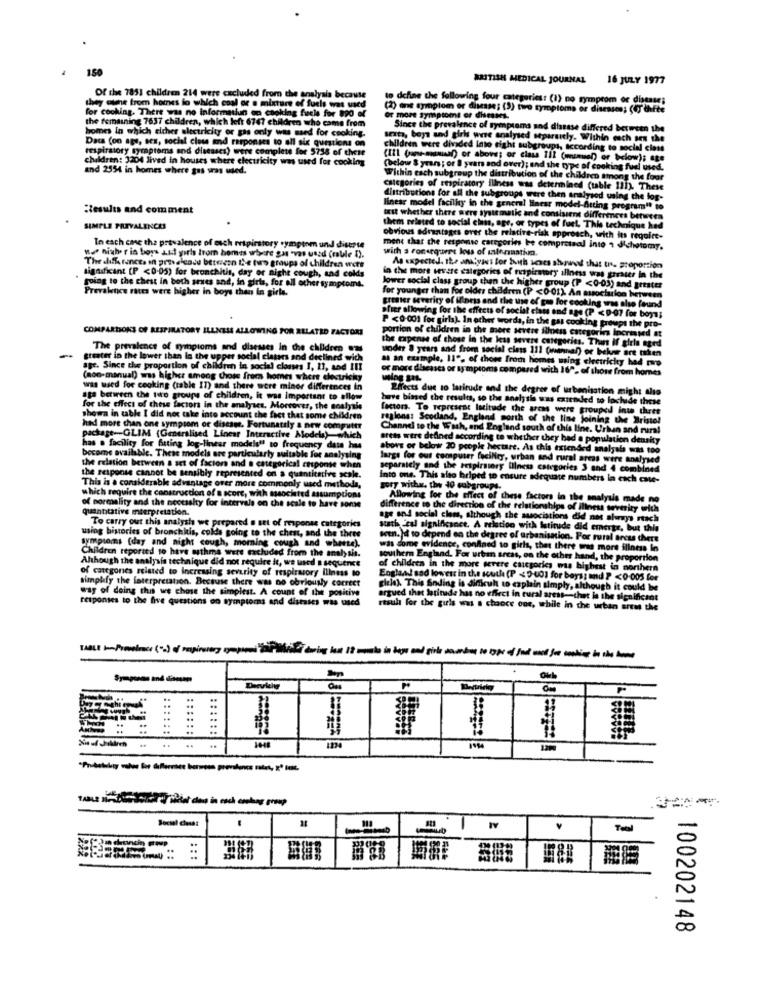
150
BRITISH MEDICAL JOURNAL
16 JULY 1977
Of the 7851 children 214 were excluded from the analysis because
to define the following four categories: (1) no symptom or disease;
for cooking. There was no Informatiun on cooking fuels for 890 el
they clone from homes lo which cool or a mixture of fuels was uard
(2) ane symptom or disease; (3) two symptoms or diseases; (UT thefte
the remaining 7637 children, which left 6747 children who came from
or more symptoms or diseases.
homes in which eicher electricity or gis only was used for cooking.
Since the prevalence of symptoms and disease differed between the
Data (on age, sex, social close and responses to all six questions on
sexta, boys and girls were analysed separatly. Within coch sen the
respiratory symptoms and diseases) were complete for 5758 of these
children were divided into tight subgroups, according to social class
children: 3204 Jived in houses where electricity was used for cooking
(III (one-manaf) or above; or ciass III (mumusan) or below); age
and 2554 in homes where gas was used.
(below & yrans ; or 8 years and over); and the type of cooking fuel used.
Within each subgroup the distribution of the children among the four
categories of respiratory illness was determined (table 111). These
distributions for all the subgroups were then aralysod using the log-
:Results and comment
Ilness model facility in the general linear model-Acting program" to
trit whether there were systematic and consistent differences between
SIMPLE PREVALENCE
them related to social class, age, or types of fuet, This technique hed
obvious advantages over the relative-risk approach, with its require-
" .. niuher is boys All girls from homes where gas "vas unad (rable I).
In each cme the prevalence of esch respirstory symptom und disease
ment that the response carrgories be comprotaal into ; dichotomy.
with s ronerquert loss of ulerathm.
The differences in prevalence between the two groups of children wet
significant (P <0-05) for bronchitis, day or night cough, and colds
As expected, the analyses for both seses showed that the proportion
in the more vevare categories of respiratory illness was grosser in the
Prevaltice rates were higher in boys than in girls.
going to the chest in both seues and, in girls, for all other symptomt.
Jower social class group than the higher group (P <0-03) and grester
for younger than for older children (P <0-01) An association between
greater severity of illness and the use of gas for cooking sas also found
ahier allowing for the effects of social class and age (P < 9-07 for boys;
COMPARTIOKS OF RESPIRATORY ILLNESS ALLOWING FOR RELATED FACTORI
P <0.001 for girls). In other words, in the gas cooking groups the pro-
portion of children in the more severe illness categories increased at
the apenas of those in the less severe categories. Thus If girls aged
The prevalence of symptoms and diseases in the children ows
under 8 years and from social cins 111 (renal) or beler are tien
greater in the lower than la the upper social classes and declined wich
as an example, 11", of those from homes using electricity had mo
age. Since the proportion of children in social closes 1, 11, and III
or more diseases or symptoms compared with 169. of those from homes
(non-manual) was higher among chome from homes where electricky
was used for cooking (table IT) and there were minor differences in
Effects due to latitude and the degree of urbanisation might also
ata between the two groups of children, it was important to allow
have bimed the results, so the analysis was extended to lochide these
for the effect of these factors in the analyses. Moreover, the analysis
factors. To represent latitude the areas were grouped inte thrtt
nt three
shown in table I did not take into account the fact that some children
regions: Seodand, England north of the line joining the Bristol
Bristol
had more than one sympsom or disease. Fortunately s new computer
Channel to the Wash, and England south of this line. Urban and rural
and rural
package-GLIM (Generalised Linear Interactive Models)-which
arths were defined according to whether they had a population density
has . facility for hating log-linear models !! to frequency data has
sbors or below 20 people hectare. As this extended analysis was too
become available. These models are particularly suitable for analysing
large for out computer faciNey, urban and rural areas were analysed
the relation between a set of factors and a categorical response when
separately and the respiratory illness categories 3 and 4 combined
the response cannot be sensibly represented on a quantitative scale.
Into one. This also briped to ensure adequate numbers in esch cate-
This is a considerable advantage over more commonly used methods,
which require the construction of a score, with associated assumptions
gory withw. the 40 subgroups.
of normality and the necessity for intervals on che scale to have sonse
Allowing for the effect of these factors in the analysis made no
quantitative mterpretation.
difference to the direction of the relationships of illness severity with
To carry out this analysis we prepared a set of response categories
age and social clem, although the suociations did not always rtach
stath ical significance. A relation with latitude did emerge, but this
using histories of bronchitis, coldds going to the chest, and the three
symptoms (day and night cough, morning cough and whette),
wen. )d to depend on the degree of urbanisation. Por rural arcus there
Children reported to have asthma were excluded from the analysis.
was some evidence, confined to girls, that there was more illness lo
Although the analysis technique did not require it, we used a sequence
southern England. For urban areas, on the other hand, the proportion
nes related to Increasing severity of respiratory illness to
of children in the more severe cascgories was highest in northern
simplify the foterpretation. Because there was no obriously correct
England sad lowest in the south (P <3 001 for boys ; and P <0.005 for
way of doing this we chose the simplest. A count of the positive
giela). This Snding is difficult to explain simply, although it could be
responses to the five questions on symptoms and diseases was used
argued that latinade has no effect in rural arest-thet la the significant
rtsul for the guis was a chance one, while in the urban areas the
TABLE - Prevalrace (.) of respiratory symptoms jailbreak doing lose 18 monate in boys and girls inordine to cope of fod and joe cookies in the home
-
2
Total
100202148